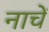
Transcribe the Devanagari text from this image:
नाचें